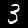
Label: 3